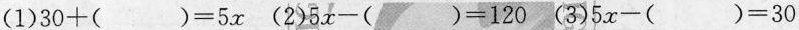
$$( 1 ) 3 0 + ( ) = 5 x$$ $$( 2 ) 5 x - ( ) = 1 2 0$$ $$( 3 ) 5 x - ( ) = 3 0$$